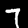
Digit: 7